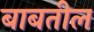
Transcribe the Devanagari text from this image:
बाबतील